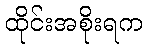
ထိုင်းအစိုးရက